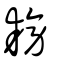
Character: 耪